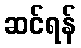
ဆင်ရန်